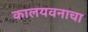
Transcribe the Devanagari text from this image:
कालयवनाचा